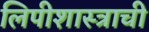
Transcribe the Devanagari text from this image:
लिपीशास्त्राची